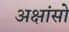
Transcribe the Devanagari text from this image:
अक्षांसो